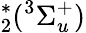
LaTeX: ^{*}_{2}(^{3}\Sigma_{u}^{+})